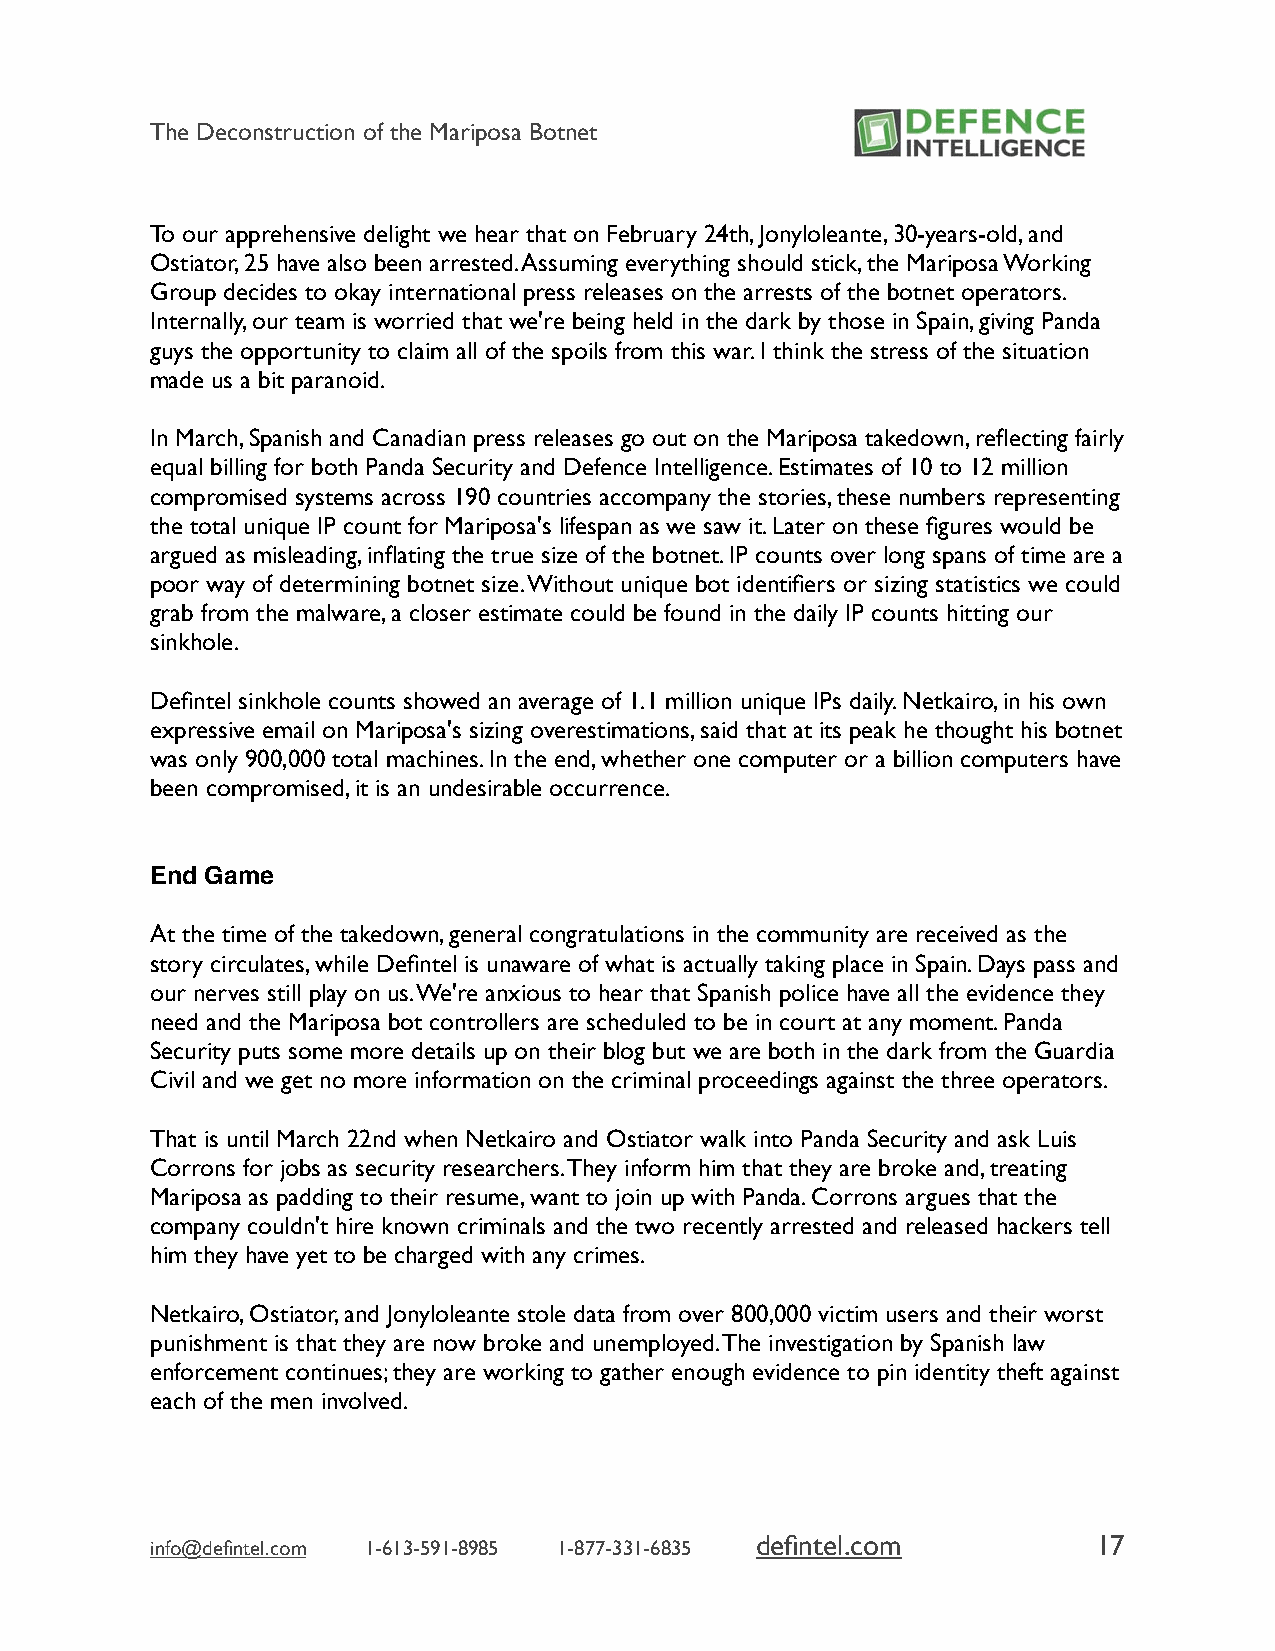
The Deconstruction of the Mariposa Botnet
 To our apprehensive delight we hear that on February 24th, Jonyloleante, 30-years-old, and
 Ostiator, 25 have also been arrested. Assuming everything should stick, the Mariposa Working
 Group decides to okay international press releases on the arrests of the botnet operators.
 Internally, our team is worried that we're being held in the dark by those in Spain, giving Panda
 guys the opportunity to claim all of the spoils from this war. I think the stress of the situation
 made us a bit paranoid.
 In March, Spanish and Canadian press releases go out on the Mariposa takedown, reflecting fairly
 equal billing for both Panda Security and Defence Intelligence. Estimates of 10 to 12 million
 compromised systems across 190 countries accompany the stories, these numbers representing
 the total unique IP count for Mariposa's lifespan as we saw it. Later on these figures would be
 argued as misleading, inflating the true size of the botnet. IP counts over long spans of time are a
 poor way of determining botnet size. Without unique bot identifiers or sizing statistics we could
 grab from the malware, a closer estimate could be found in the daily IP counts hitting our
 sinkhole.
 Defintel sinkhole counts showed an average of 1.1 million unique IPs daily. Netkairo, in his own
 expressive email on Mariposa's sizing overestimations, said that at its peak he thought his botnet
 was only 900,000 total machines. In the end, whether one computer or a billion computers have
 been compromised, it is an undesirable occurrence.
 End Game
 At the time of the takedown, general congratulations in the community are received as the
 story circulates, while Defintel is unaware of what is actually taking place in Spain. Days pass and
 our nerves still play on us. We're anxious to hear that Spanish police have all the evidence they
 need and the Mariposa bot controllers are scheduled to be in court at any moment. Panda
 Security puts some more details up on their blog but we are both in the dark from the Guardia
 Civil and we get no more information on the criminal proceedings against the three operators.
 That is until March 22nd when Netkairo and Ostiator walk into Panda Security and ask Luis
 Corrons for jobs as security researchers. They inform him that they are broke and, treating
 Mariposa as padding to their resume, want to join up with Panda. Corrons argues that the
 company couldn't hire known criminals and the two recently arrested and released hackers tell
 him they have yet to be charged with any crimes.
 Netkairo, Ostiator, and Jonyloleante stole data from over 800,000 victim users and their worst
 punishment is that they are now broke and unemployed. The investigation by Spanish law
 enforcement continues; they are working to gather enough evidence to pin identity theft against
 each of the men involved.
 defintel.com           17
 info@defintel.com 1-613-591-8985 1-877-331-6835